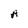
Character: A